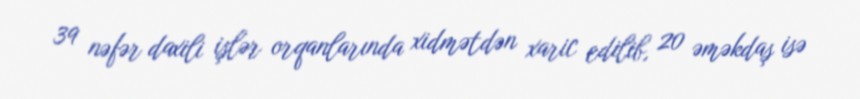
39 nəfər daxili işlər orqanlarında xidmətdən xaric edilib, 20 əməkdaş isə